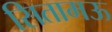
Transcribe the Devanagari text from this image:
सितामऊ